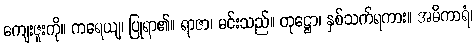
ကျေးဇူးကို။ ကရေယျ၊ ပြုရာ၏။ ရာဇာ၊ မင်းသည်။ တုဋ္ဌော၊ နှစ်သက်ရကား။ အဓိကာရံ၊